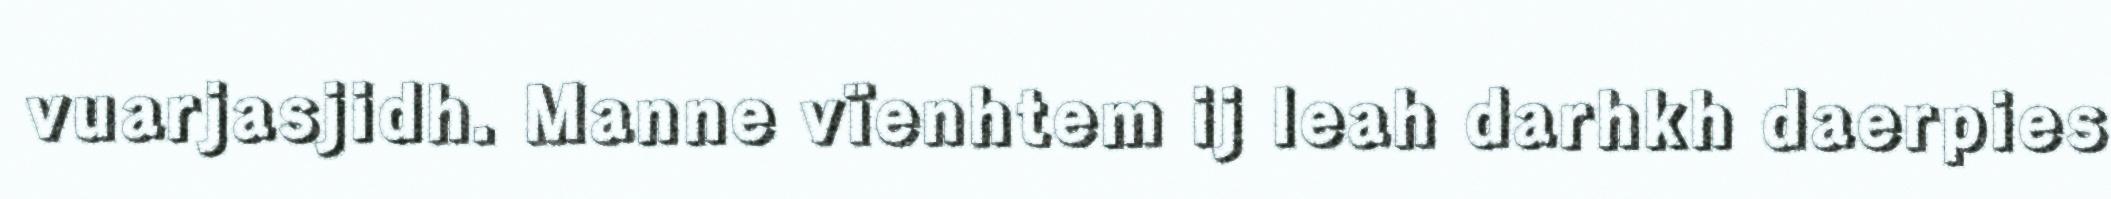
vuarjasjidh. Manne vïenhtem ij leah darhkh daerpies